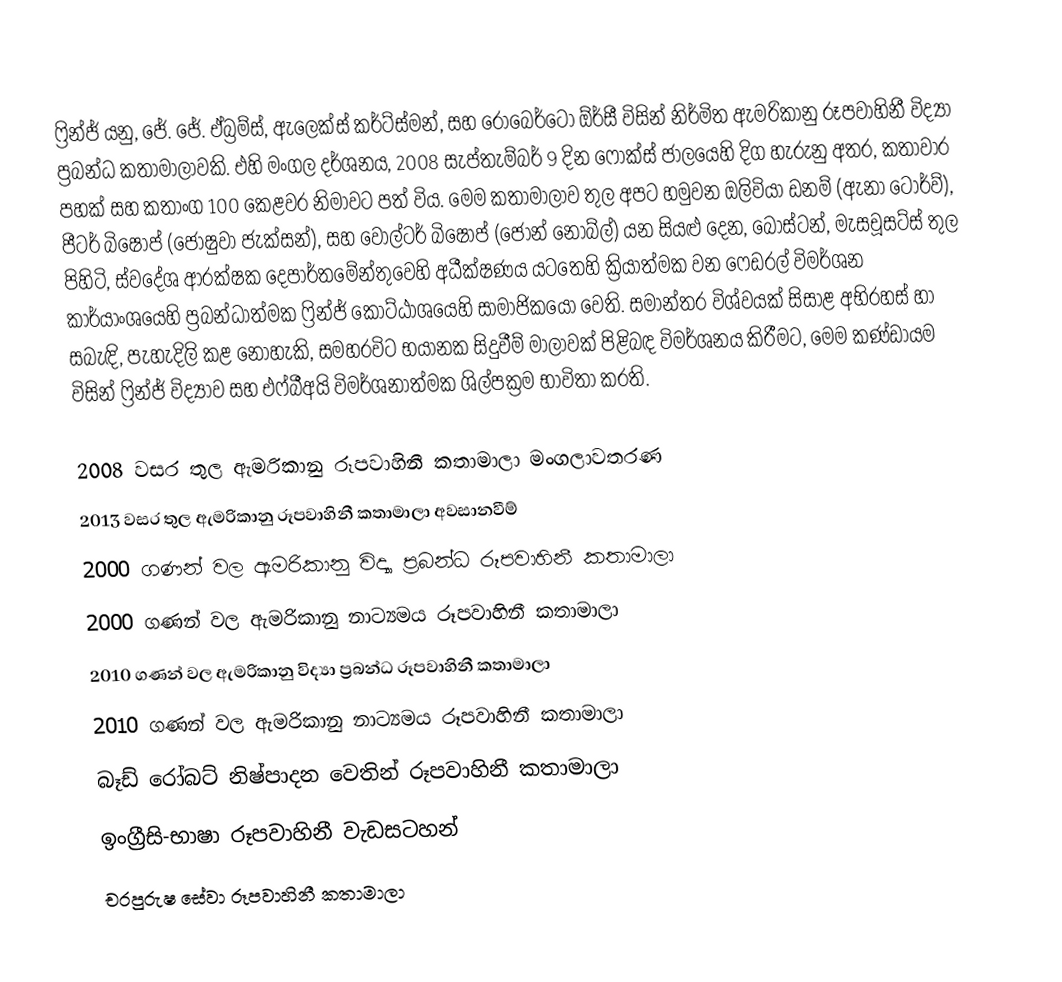
ෆ්‍රින්ජ් යනු,  ජේ. ජේ. ඒබ්‍රම්ස්, ඇලෙක්ස් කර්ට්ස්මන්, සහ රොබෙර්ටෝ ඕර්සී විසින් නිර්මිත ඇමරිකානු රූපවාහිනී විද්‍යා ප්‍රබන්ධ කතාමාලාවකි. එහි මංගල දර්ශනය, 2008 සැප්තැම්බර් 9 දින ෆොක්ස් ජාලයෙහි දිග හැරුනු අතර, කතාවාර පහක් සහ කතාංග 100 කෙළවර නිමාවට පත් විය. මෙම කතාමාලාව තුල අපට හමුවන ඔලිවියා ඩනම් (ඇනා ටෝර්ව්), පීටර් බිෂොප් (ජොෂුවා ජැක්සන්), සහ  වෝල්ටර් බිෂොප් (ජෝන් නෝබ්ල්) යන සියළු දෙන, බොස්ටන්, මැසචූසට්ස් තුල පිහිටි,  ස්වදේශ ආරක්ෂක දෙපාර්තමේන්තුවෙහි අධීක්ෂණය යටතෙහි ක්‍රියාත්මක වන ෆෙඩරල් විමර්ශන කාර්යාංශයෙහි ප්‍රබන්ධාත්මක ෆ්‍රින්ජ් කොට්ඨාශයෙහි සාමාජිකයෝ වෙති. සමාන්තර විශ්වයක් සිසාළ අභිරහස් හා සබැඳි, පැහැදිලි කළ නොහැකි, සමහරවිට භයානක සිදුවීම් මාලාවක් පිළිබඳ විමර්ශනය කිරීමට, මෙම කණ්ඩායම විසින් ෆ්‍රින්ජ් විද්‍යාව සහ එෆ්බීඅයි විමර්ශනාත්මක  ශිල්පක්‍රම භාවිතා කරති.

2008 වසර තුල ඇමරිකානු රූපවාහිනී කතාමාලා මංගලාවතරණ
2013 වසර තුල ඇමරිකානු රූපවාහිනී කතාමාලා අවසානවීම්
2000 ගණන් වල ඇමරිකානු විද්‍යා ප්‍රබන්ධ රූපවාහිනී කතාමාලා
 2000 ගණන් වල ඇමරිකානු නාට්‍යමය රූපවාහිනී කතාමාලා
2010 ගණන් වල ඇමරිකානු විද්‍යා ප්‍රබන්ධ රූපවාහිනී කතාමාලා
2010 ගණන් වල ඇමරිකානු නාට්‍යමය රූපවාහිනී කතාමාලා
 බෑඩ් රෝබට් නිෂ්පාදන වෙතින්  රූපවාහිනී කතාමාලා
ඉංග්‍රීසි-භාෂා රූපවාහිනී වැඩසටහන්
චරපුරුෂ සේවා  රූපවාහිනී කතාමාලා